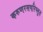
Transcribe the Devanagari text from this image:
करुणरसपरिप्लुत